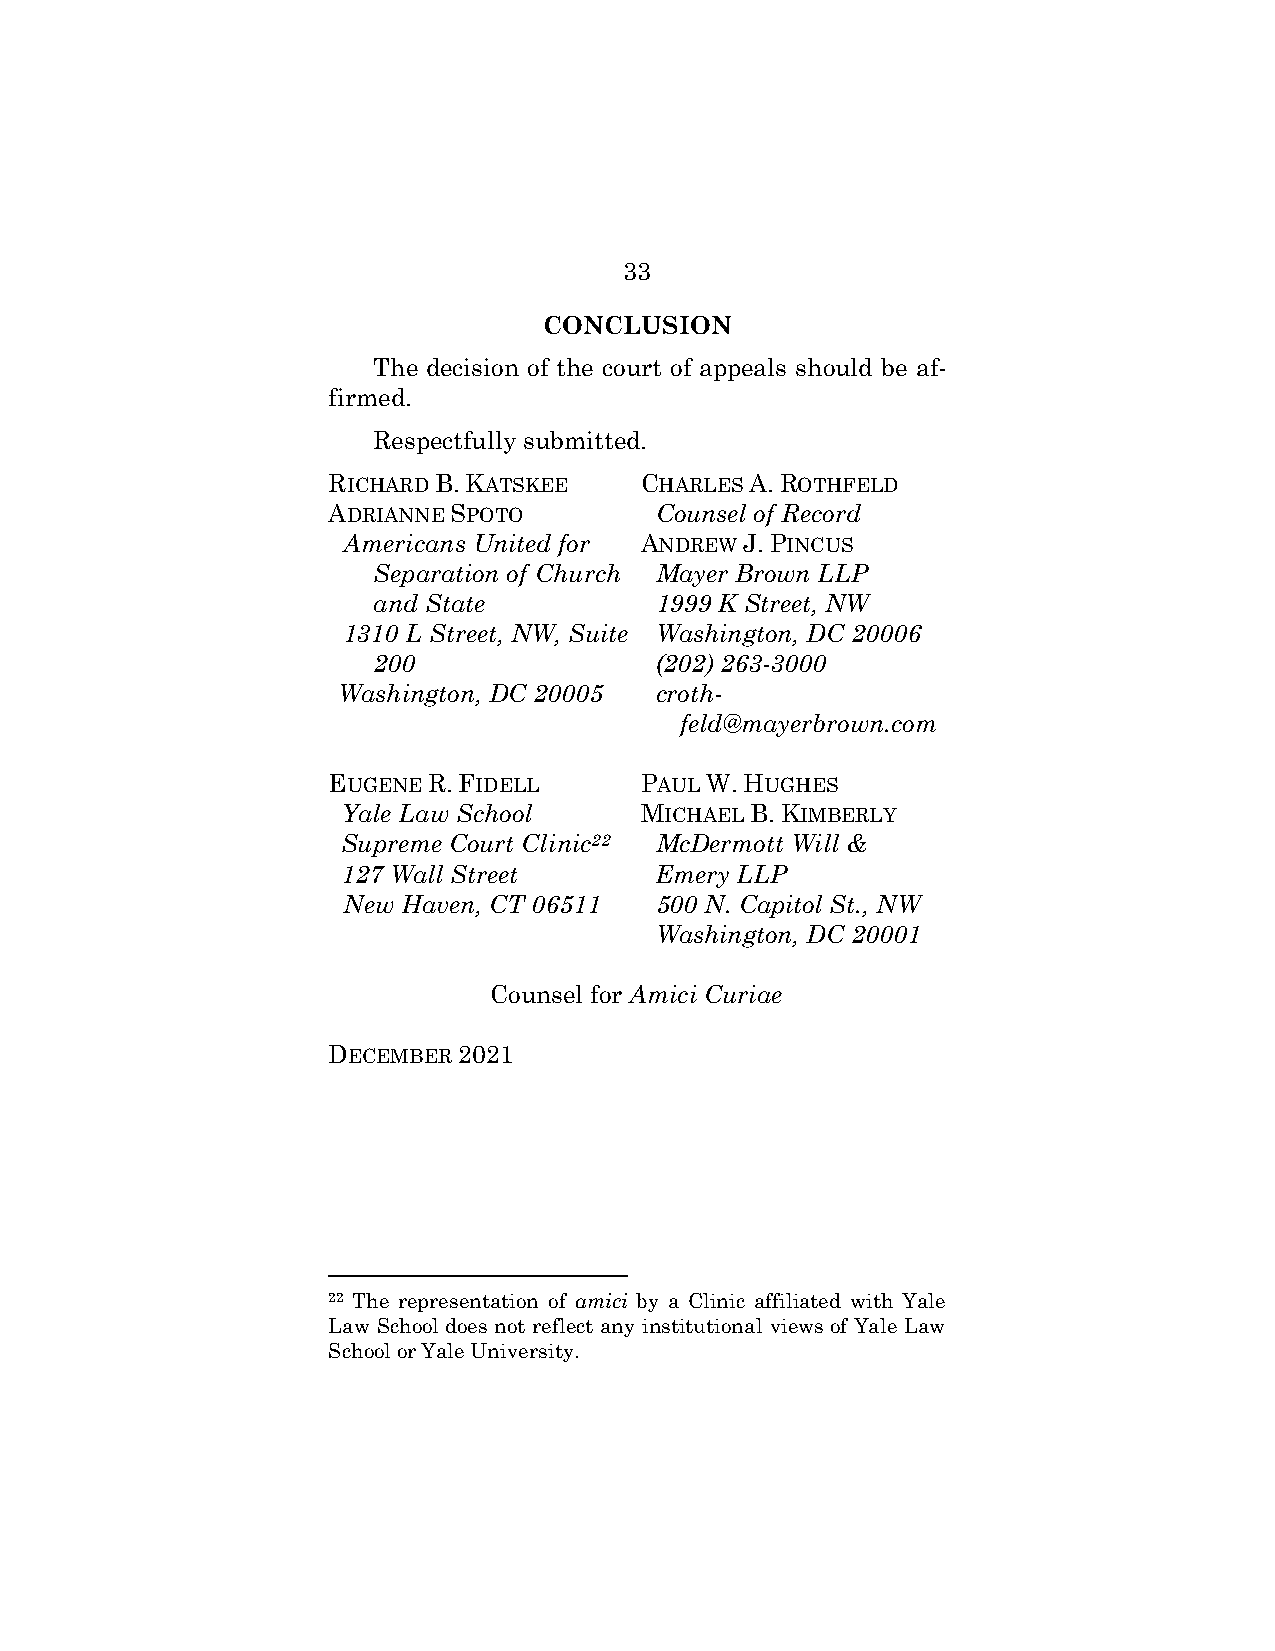
33
 CONCLUSION
 The decision of the court of appeals should be af-
 firmed.
 Respectfully submitted.
 RICHARD B. KATSKEE  CHARLES A. ROTHFELD
 ADRIANNE SPOTO       Counsel of Record
 Americans United for ANDREW J. PINCUS
 Separation of Church Mayer Brown LLP
 and State         1999 K Street, NW
 1310 L Street, NW, Suite Washington, DC 20006
 200               (202) 263-3000
 Washington, DC 20005 croth-
 feld@mayerbrown.com
 EUGENE R. FIDELL    PAUL W. HUGHES
 Yale Law School    MICHAEL B. KIMBERLY
 Supreme Court Clinic22 McDermott Will &
 127 Wall Street     Emery LLP
 New Haven, CT 06511 500 N. Capitol St., NW
 Washington, DC 20001
 Counsel for Amici Curiae
 DECEMBER 2021
 22 The representation of amici by a Clinic affiliated with Yale
 Law School does not reflect any institutional views of Yale Law
 School or Yale University.